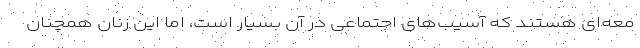
معه‌ای هستند که آسیب‌های اجتماعی در آن بسیار است، اما این زنان همچنان